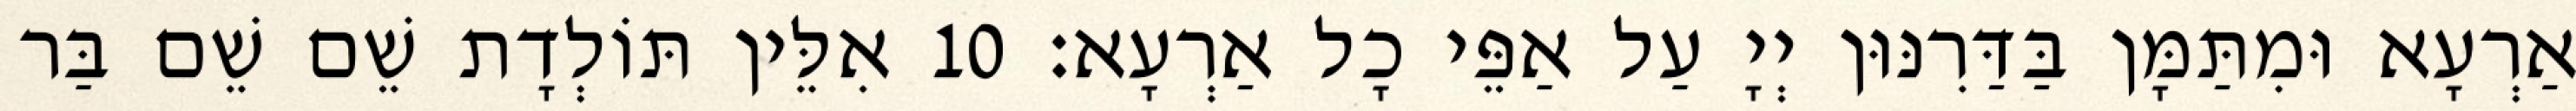
אַרְעָא וּמִתַּמָּן בַּדַּרִנּוּן יְיָ עַל אַפֵּי כָל אַרְעָא׃ 10 אִלֵּין תּוֹלְדָת שֵׁם שֵׁם בַּר